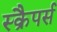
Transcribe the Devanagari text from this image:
स्क्रैपर्स